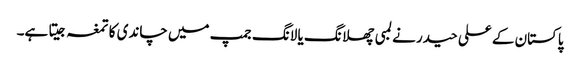
پاکستان کے علی حیدر نے لمبی چھلانگ یا لانگ جمپ میں چاندی کا تمغہ جیتا ہے۔